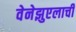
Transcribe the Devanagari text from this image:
वेनेझुएलाची